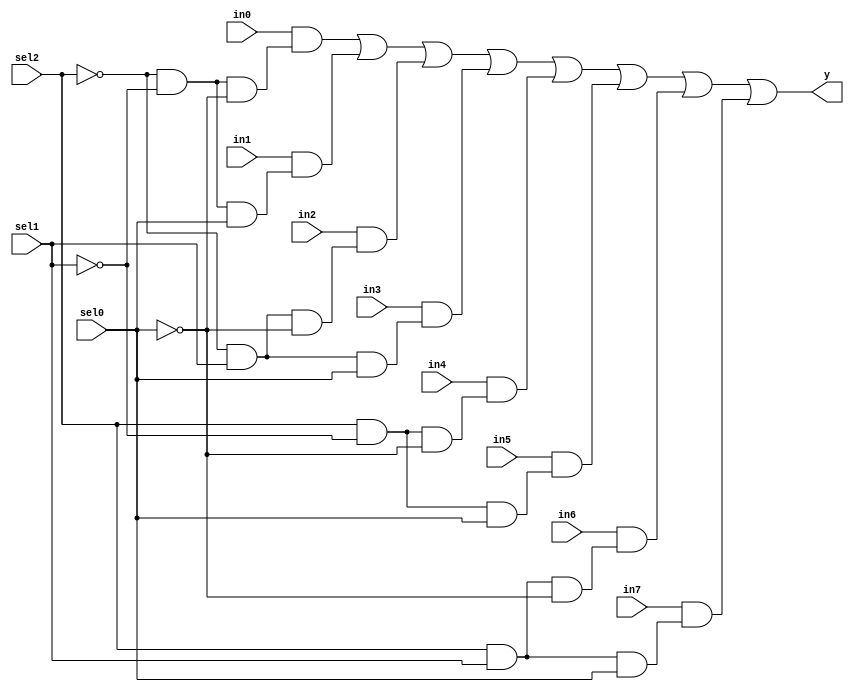
module mux8to1 (
   input wire sel0,
   input wire sel1,
   input wire sel2,
   input wire in0,
   input wire in1,
   input wire in2,
   input wire in3,
   input wire in4,
   input wire in5,
   input wire in6,
   input wire in7,
   output wire y
   );
	
	wire and0,and1,and2,and3,and4,and5,and6,and7;
	
   assign and0 = in0 & (~sel2 & ~sel1 & ~sel0);
   assign and1 = in1 & (~sel2 & ~sel1 & sel0);
   assign and2 = in2 & (~sel2 & sel1 & ~sel0);
   assign and3 = in3 & (~sel2 & sel1 & sel0);
   assign and4 = in4 & (sel2 & ~sel1 & ~sel0);
   assign and5 = in5 & (sel2 & ~sel1 & sel0);
   assign and6 = in6 & (sel2 & sel1 & ~sel0);
   assign and7 = in7 & (sel2 & sel1 & sel0);
	
	assign y = and0 | and1 | and2 | and3 | and4 | and5 | and6 | and7;
	
endmodule